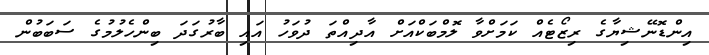
އިންޑޮނޭޝިޔާގެ ރިޒޯޓެއް ކަމަށްވާ ލޮމްބަކްއަށް އާދިއްތަ ދުވަހު އައި ބާރުގަދަ ބިންހެލުމުގެ ސަބަބުން